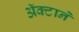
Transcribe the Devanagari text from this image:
अॅक्टाने